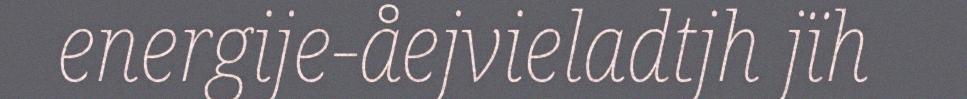
energije-åejvieladtjh jïh